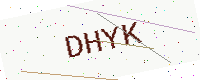
Text: DHYK